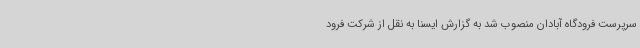
سرپرست فرودگاه آبادان منصوب شد به گزارش ایسنا به نقل از شرکت فرود